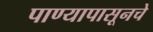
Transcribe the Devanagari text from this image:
पाण्यापासूनचे